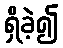
ရှိခဲ့၍